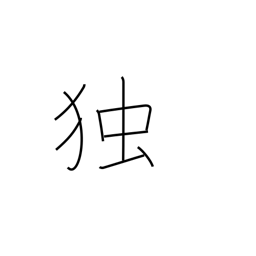
Meaning: single